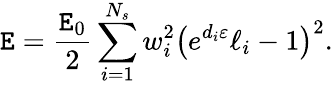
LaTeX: \mathtt{E}=\frac{{\mathtt{E}_{0}}}{{2}}\sum_{i=1}^{N_{s}}{w_{i}^{2}\big(e^{d_{i}\varepsilon}\ell_{i}-1\big)^{2}}.